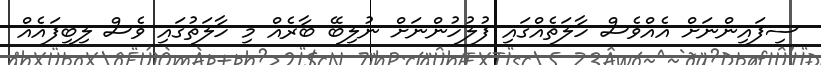
ސިފައިންނަށް އެއްވެސް ހާލަތެއްގައި ފުލުހުންނަށް ނުލިބޭ ބާރެއް މި ހާލަތުގައި ވެސް ލިބިފައެއް